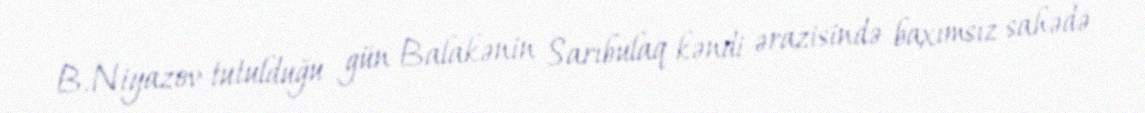
B.Niyazov tutulduğu gün Balakənin Sarıbulaq kəndi ərazisində baxımsız sahədə